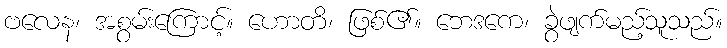
ဗလေန၊ အစွမ်းကြောင့်။ ဟောတိ၊ ဖြစ်၏။ ဘေဒကေ၊ ခွဲဖျက်မည့်သူသည်။